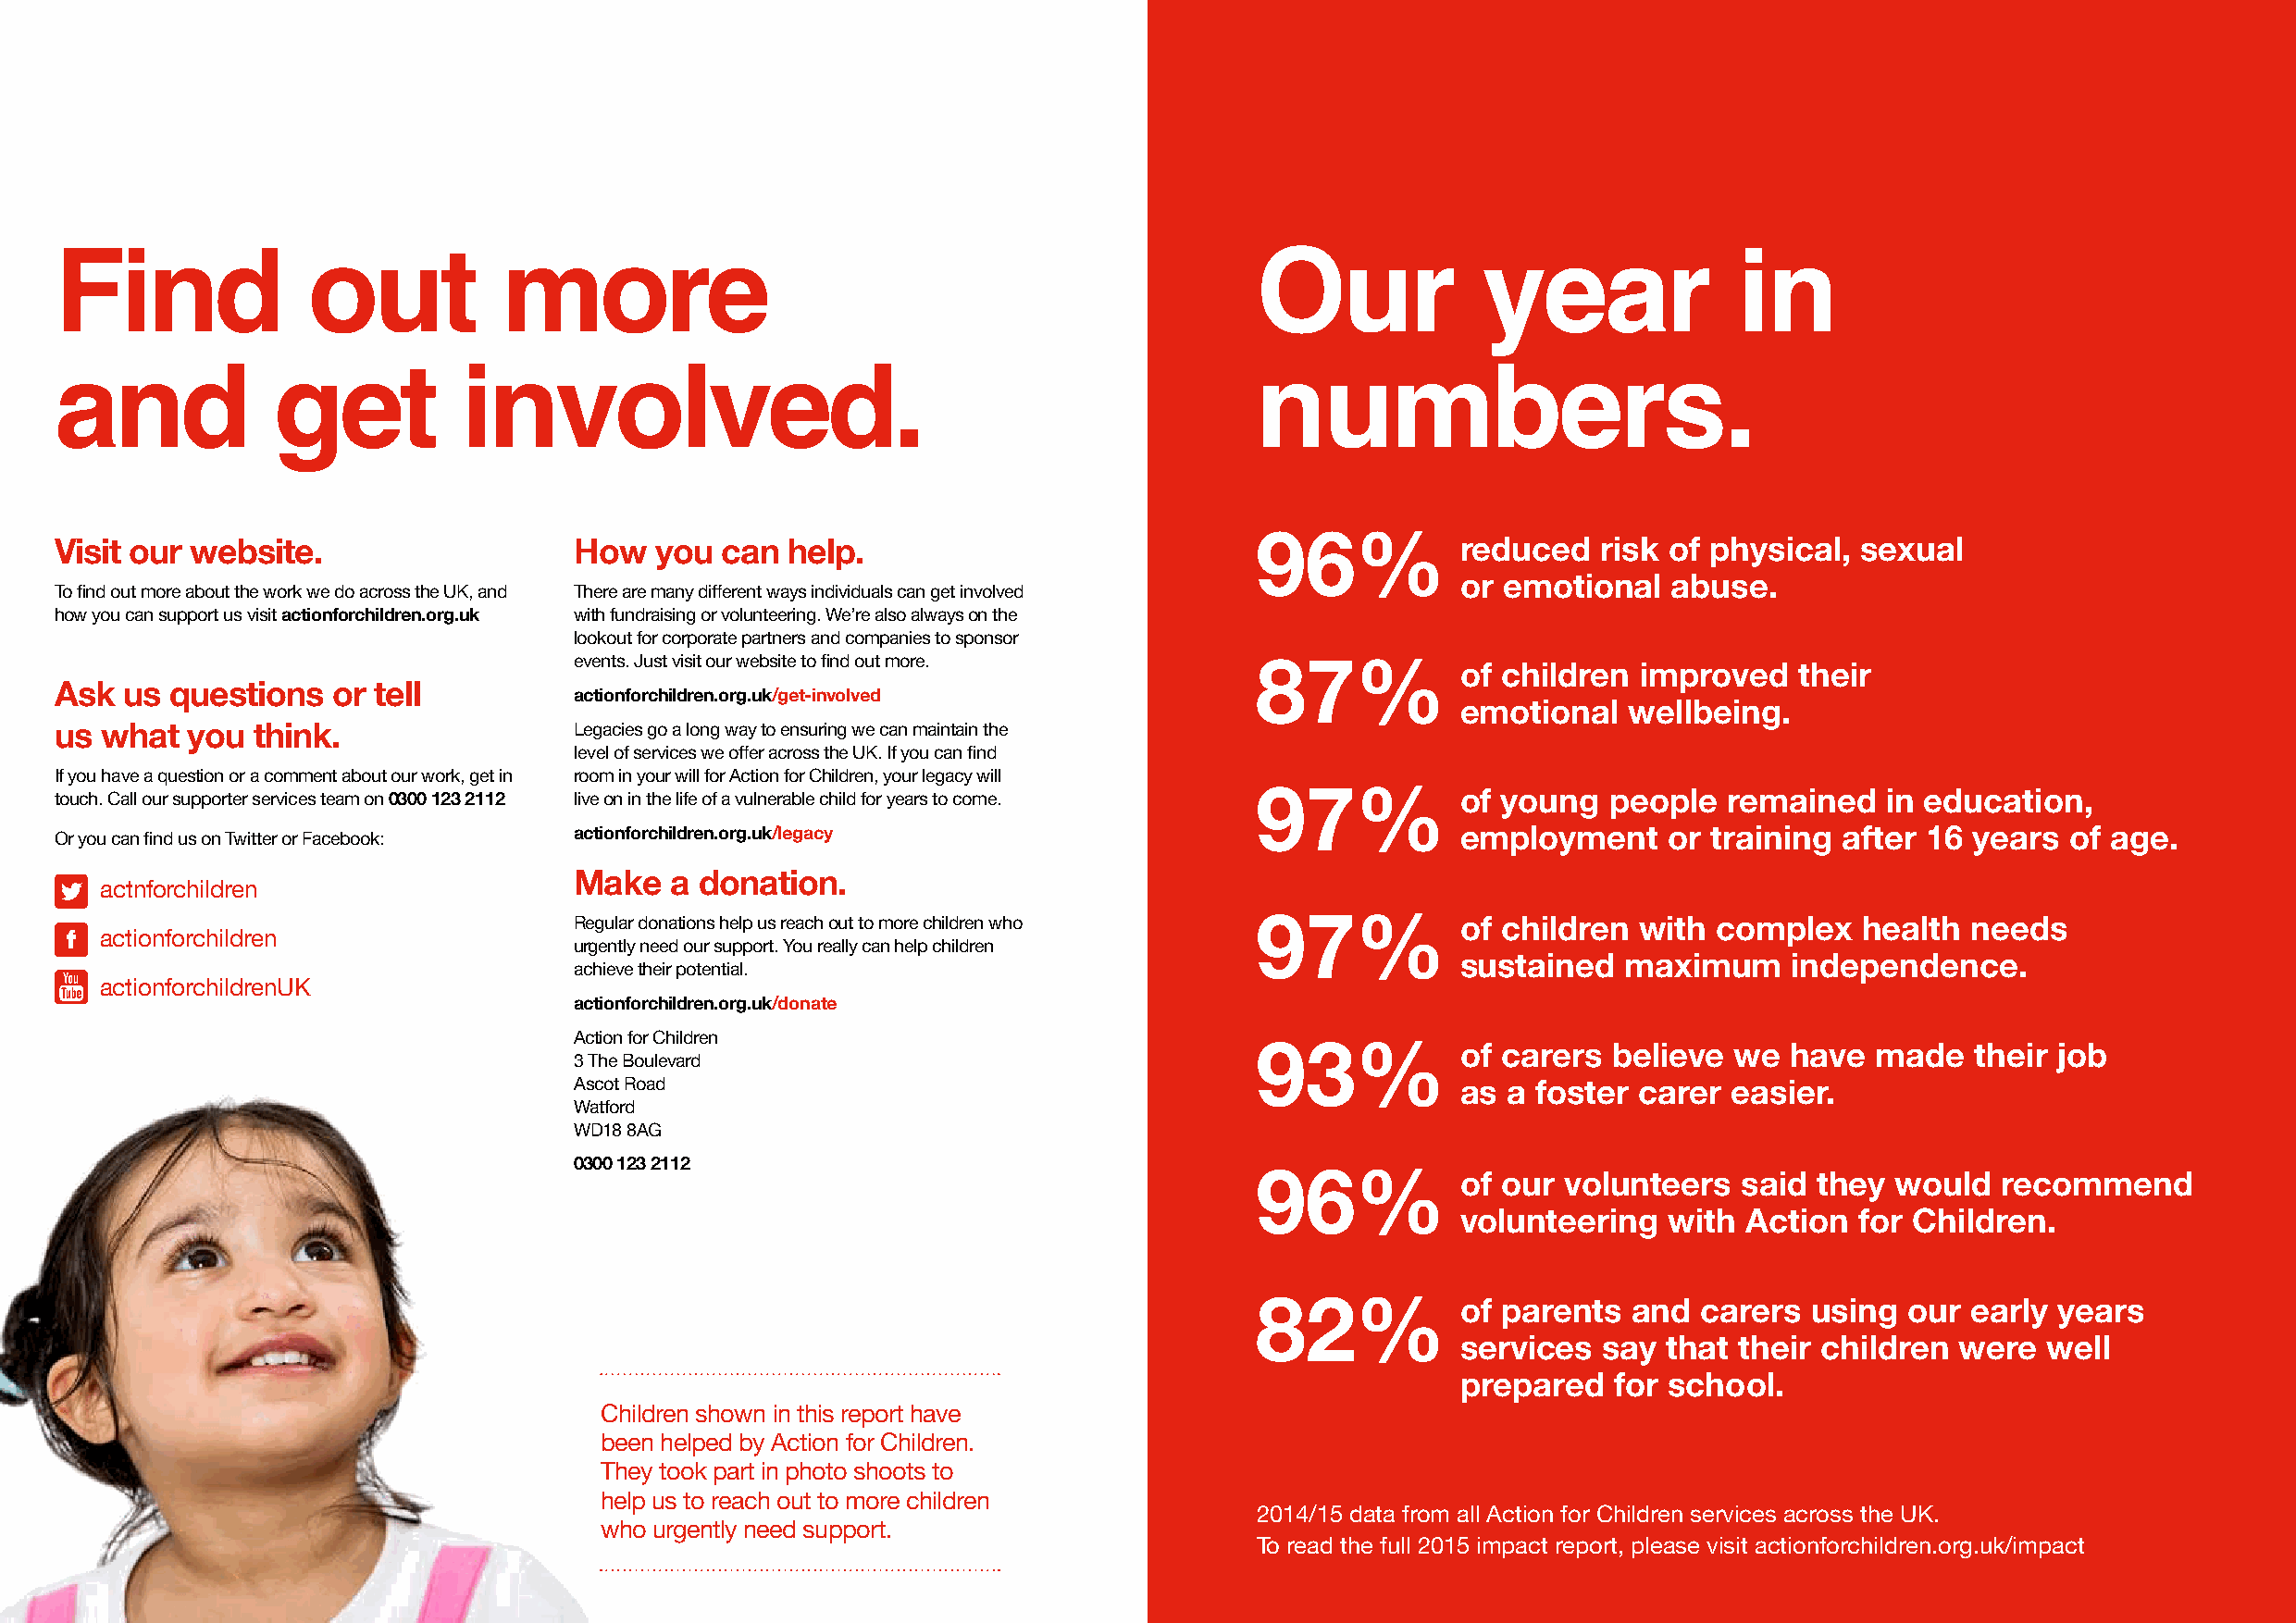
actionforchildren.org.uk \ Annual report and financial statements 2014/15
 \ 59
 Find              out           more                                                  Our             year              in
 and             get          involved.                                                numbers.
 Visit our website.                   How   you  can help.                             96%           reduced   risk of physical,  sexual
 or  emotional   abuse.
 To find out more about the work we do across the UK, and There are many different ways individuals can get involved
 how you can support us visit actionforchildren.org.uk with fundraising or volunteering. We’re also always on the
 lookout for corporate partners and companies to sponsor
 events. Just visit our website to find out more.
 of children  improved    their
 87%
 Ask  us questions   or tell          actionforchildren.org.uk/get-involved
 emotional   wellbeing.
 us what  you  think.                 Legacies go a long way to ensuring we can maintain the
 level of services we offer across the UK. If you can find
 If you have a question or a comment about our work, get in room in your will for Action for Children, your legacy will
 touch. Call our supporter services team on 0300 123 2112 live on in the life of a vulnerable child for years to come. of young people remained in education,
 97%
 Or you can find us on Twitter or Facebook: actionforchildren.org.uk/legacy                          employment     or training  after 16 years  of age.
 Make   a donation.
 actnforchildren
 Regular donations help us reach out to more children who       of children  with  complex   health  needs
 actionforchildren                                                                  97%
 urgently need our support. You really can help children
 achieve their potential.
 sustained   maximum     independence.
 actionforchildrenUK
 actionforchildren.org.uk/donate
 Action for Children
 of carers  believe  we  have  made   their job
 3 The Boulevard                                  93%
 Ascot Road
 as  a foster carer  easier.
 Watford
 WD18 8AG
 0300 123 2112
 of our  volunteers   said they  would  recommend
 96%
 volunteering   with  Action  for Children.
 of parents   and  carers  using our  early years
 82%
 services   say that their children  were  well
 prepared   for school.
 Children shown in this report have
 been helped by Action for Children.
 They took part in photo shoots to
 help us to reach out to more children
 2014/15 data from all Action for Children services across the UK.
 who urgently need support.
 To read the full 2015 impact report, please visit actionforchildren.org.uk/impact